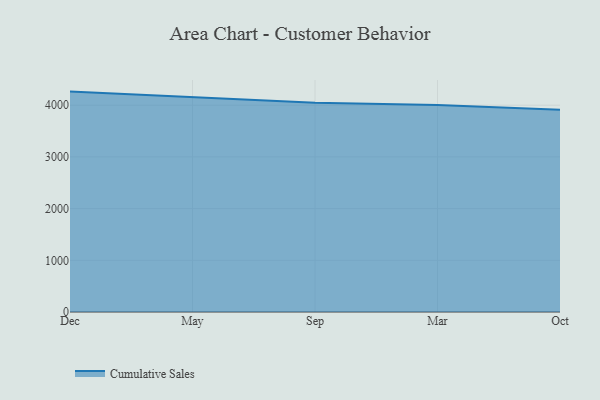
{"axis": {"x": "Month", "y": "LTV (USD)"}, "legend": ["Cumulative Sales"], "data": [{"x": "Dec", "y": 4262.9, "type": "Cumulative Sales"}, {"x": "May", "y": 4162.5, "type": "Cumulative Sales"}, {"x": "Sep", "y": 4048.1, "type": "Cumulative Sales"}, {"x": "Mar", "y": 4005.3, "type": "Cumulative Sales"}, {"x": "Oct", "y": 3909.8, "type": "Cumulative Sales"}]}